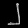
Digit: ၂